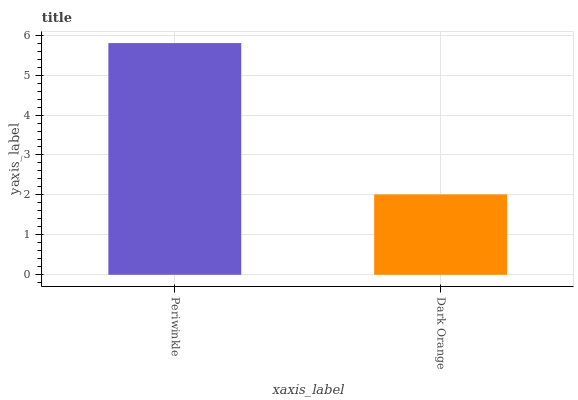
| xaxis_label | bars |
 | --- | --- |
 | Periwinkle | 5.8 |
 | Dark Orange | 2.01 |